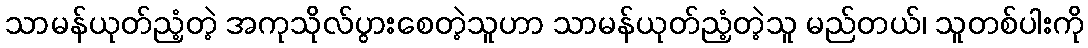
သာမန်ယုတ်ညံ့တဲ့ အကုသိုလ်ပွားစေတဲ့သူဟာ သာမန်ယုတ်ညံ့တဲ့သူ မည်တယ်၊ သူတစ်ပါးကို